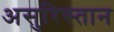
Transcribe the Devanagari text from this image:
असुरिस्तान